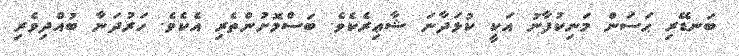
ބަނޑޭރި ޙަސަން މަނިކުފާނު އަކީ ކުޅަދާނަ ޝާޢިރެކެވެ. ބަސްމޮށުންތެރި އެކެވެ. ހަރުދަނާ ބުއްދިވެރި